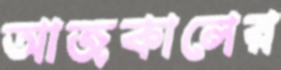
আজকালের